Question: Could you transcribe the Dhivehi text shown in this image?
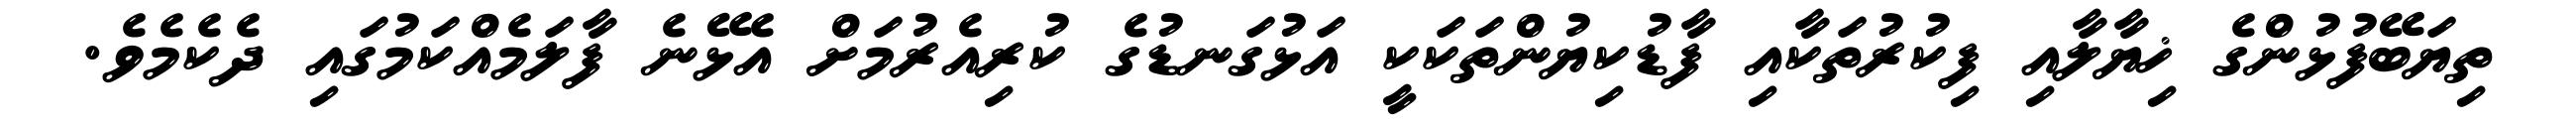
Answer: ތިޔަބޭފުޅުންގެ ޚިޔާލާއި ފިކުރުތަކާއި ފާޑުކިޔުންތަކަކީ އަޅުގަނޑުގެ ކުރިއެރުމަށް އެޅޭނެ ފާލަމެއްކަމުގައި ދެކެމެވެ.